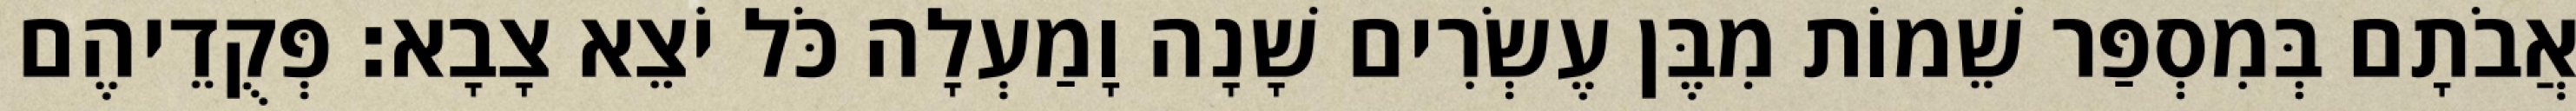
אֲבֹתָם בְּמִסְפַּר שֵׁמוֹת מִבֶּן עֶשְׂרִים שָׁנָה וָמַעְלָה כֹּל יֹצֵא צָבָא׃ פְּקֻדֵיהֶם